Annual report on the health of the army in India
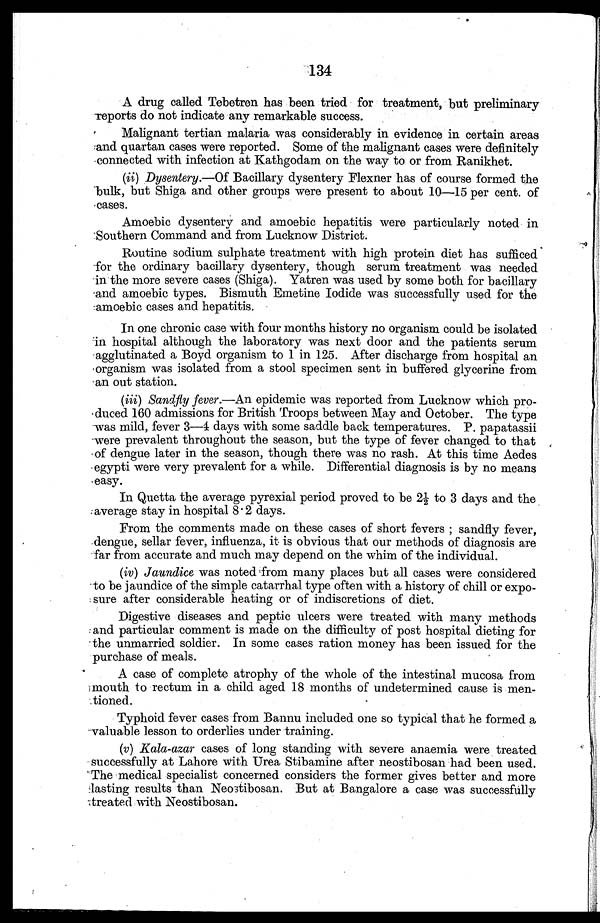
134
A drug called Tebetren has been tried for treatment, but preliminary
reports do not indicate any remarkable success.
Malignant tertian malaria was considerably in evidence in certain areas
and quartan cases were reported. Some of the malignant cases were definitely
connected with infection at Kathgodam on the way to or from Ranikhet.
(ii)
Dysentery.—Of Bacillary dysentery Flexner has of course formed the
bulk, but Shiga and other groups were present to about 10—15 per cent. of
cases.
Amoebic dysentery and amoebic hepatitis were particularly noted in
Southern Command and from Lucknow District.
Routine sodium sulphate treatment with high protein diet has sufficed
for the ordinary bacillary dysentery, though serum treatment was needed
in the more severe cases (Shiga). Yatren was used by some both for bacillary
and amoebic types. Bismuth Emetine Iodide was successfully used for the
amoebic cases and hepatitis.
In one chronic case with four months history no organism could be isolated
in hospital although the laboratory was next door and the patients serum
agglutinated a Boyd organism to 1 in 125. After discharge from hospital an
organism was isolated from a stool specimen sent in buffered glycerine from
an out station.
(iii)
Sancfly fever.—An epidemic was reported from Lucknow which pro
-duced 160 admissions for British Troops between May and October. The type
was mild, fever 3—4 days with some saddle back temperatures. P. papatassii
were prevalent throughout the season, but the type of fever changed to that
of dengue later in the season, though there was no rash. At this time Aedes
egypti were very prevalent for a while. Differential diagnosis is by no means
easy.
In Quetta the average pyrexial period proved to be 2½ to 3 days and the
average stay in hospital 8.2 days.
From the comments made on these cases of short fevers; sandfly fever,
dengue, sellar fever, influenza, it is obvious that our methods of diagnosis are
far from accurate and much may depend on the whim of the individual.
(iv)
Jaundice was noted from many places but all cases were considered
to be jaundice of the simple catarrhal type often with a history of chill or expo
-sure after considerable heating or of indiscretions of diet.
Digestive diseases and peptic ulcers were treated with many methods
and particular comment is made on the difficulty of post hospital dieting for
the unmarried soldier. In some cases ration money has been issued for the
purchase of meals.
A case of complete atrophy of the whole of the intestinal mucosa from
mouth to rectum in a child aged 18 months of undetermined cause is men
-tioned.
Typhoid fever cases from Bannu included one so typical that he formed a
valuable lesson to orderlies under training.
(v)
Kala-azar cases of long standing with severe anaemia were treated
successfully at Lahore with Urea Stibamine after neostibosan had been used.
The medical specialist concerned considers the former gives better and more
lasting results than Neostibosan. But at Bangalore a case was successfully
treated with Neostibosan.